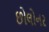
છોલોનર